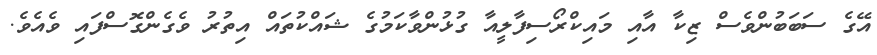
އޭގެ ސަބަބުންވެސް ޒިކާ އާއި މައިކްރޯސިފާލީއާ ގުޅުންވާކަމުގެ ޝައްކުތައް އިތުރު ވެގެންގޮސްފައި ވެއެވެ.